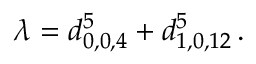
\lambda = d _ { 0 , 0 , 4 } ^ { 5 } + d _ { 1 , 0 , 1 2 } ^ { 5 } \, .